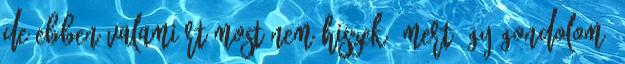
de ebben valamiért most nem hiszek. Mert úgy gondolom,